Some observations on the morphology and mechanism of the parts in the orthorrapha - Number 58
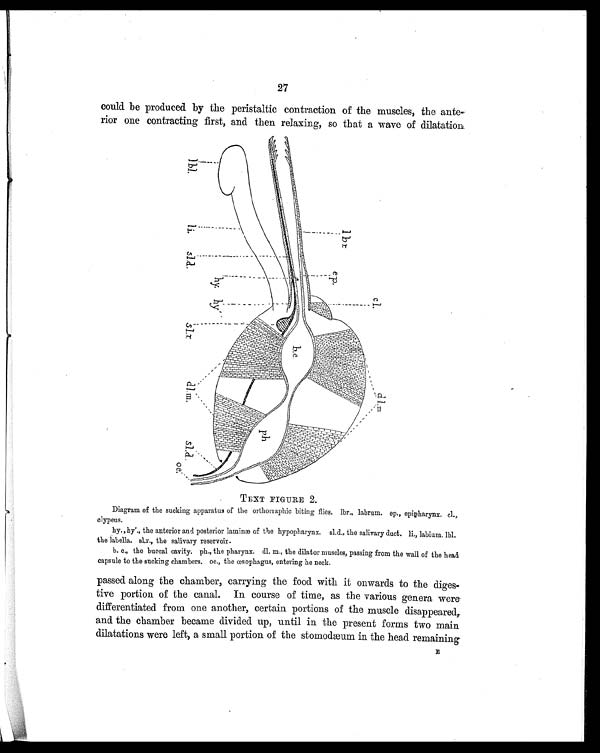
27
could be produced by the peristaltic contraction of the muscles, the ante-
rior one contracting first, and then relaxing, so that a wave of dilatation
TEXT FIGURE 2.
Diagram of the sucking apparatus of the orthoriaphic biting flies. lbr., labrum. ep., epipharynx. cl.,
clypeus.
hy., hy'., the anterior and posterior laminæ of the hypopharynx. sl.d., the salivary duct. li., labium. lbl.
the labella. sl. r., the salivary reservoir.
b. c., the buccal cavity. ph., the pharynx. dl. m., the dilator muscles, passing from the wall of the head
capsule to the sucking chambers. oe., the œsophagus, entering he neck.
passed along the chamber, carrying the food with it onwards to the diges-
tive portion of the canal. In course of time, as the various genera were
differentiated from one another, certain portions of the muscle disappeared,
and the chamber became divided up, until in the present forms two main
dilatations were left, a small portion of the stomodæum in the head remaining E